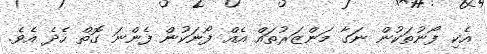
އެކި ފޯނުތަކުން ނަގާ މަންޒަރުތައް އެއް ފޯނަކުން ފެންނަ ގޮތް ހެދެ އެވެ.